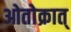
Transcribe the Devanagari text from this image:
ओतोक्रात्